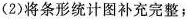
(2)将条形统计图补充完整；